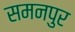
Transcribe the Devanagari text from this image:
समनपुर